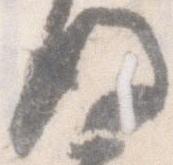
後